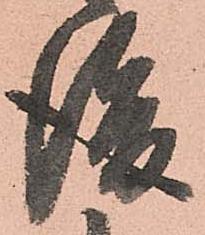
後